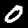
Digit: 0